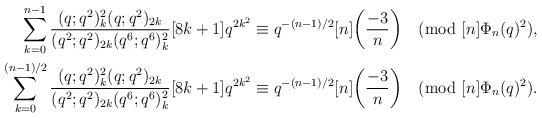
LaTeX: \begin{align*}\sum_{k=0}^{n-1}\frac{(q;q^2)_k^2 (q;q^2)_{2k}}{(q^2;q^2)_{2k}(q^6;q^6)_k^2}[8k+1]q^{2k^2}&\equiv q^{-(n-1)/2}[n]\biggl(\frac{-3}{n}\biggr) \pmod{[n]\Phi_n(q)^2},\\\sum_{k=0}^{(n-1)/2}\frac{(q;q^2)_k^2 (q;q^2)_{2k}}{(q^2;q^2)_{2k}(q^6;q^6)_k^2}[8k+1]q^{2k^2}&\equiv q^{-(n-1)/2}[n]\biggl(\frac{-3}{n}\biggr) \pmod{[n]\Phi_n(q)^2}.\end{align*}